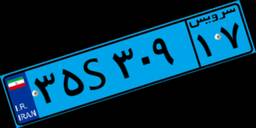
۳۵S۳۰۹۱۷